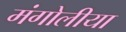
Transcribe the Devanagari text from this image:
मंगोलीया